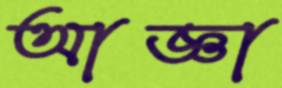
আজ্ঞা